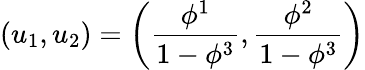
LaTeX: (u_{1},u_{2})=\left(\frac{\phi^{1}}{1-\phi^{3}},\frac{\phi^{2}}{1-\phi^{3}}\right)